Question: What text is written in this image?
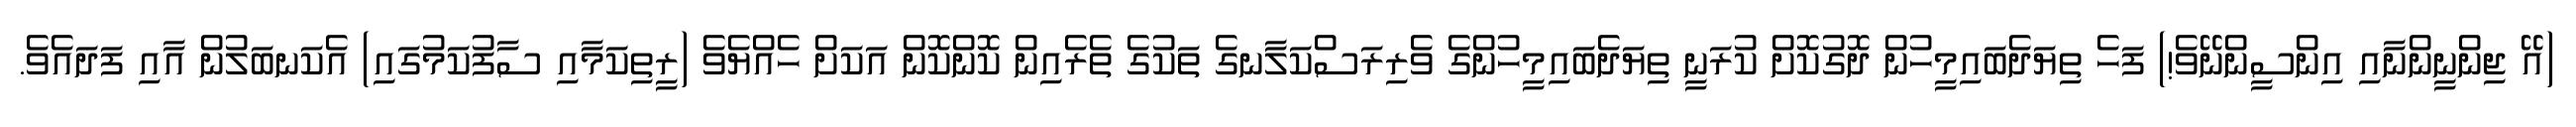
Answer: (އޭ ޖިންނީންނާއި އިންސީންނޭވެ!) ފަހެ ތިޔަދެބައިމީހުން ދޮގުކޮށް ކުރަނީ ތިޔަދެބައިމީހުންގެ ވެރިރަސްކަލާނގެ ތަކުގެ ތެރެއިން ކޮންކޮން އަކަށް ހެއްޔެވެ (ރީތިކަމާއި ސާފުކަމުގައި) އެކަނބަލުން އާއި ފަދައެވެ.